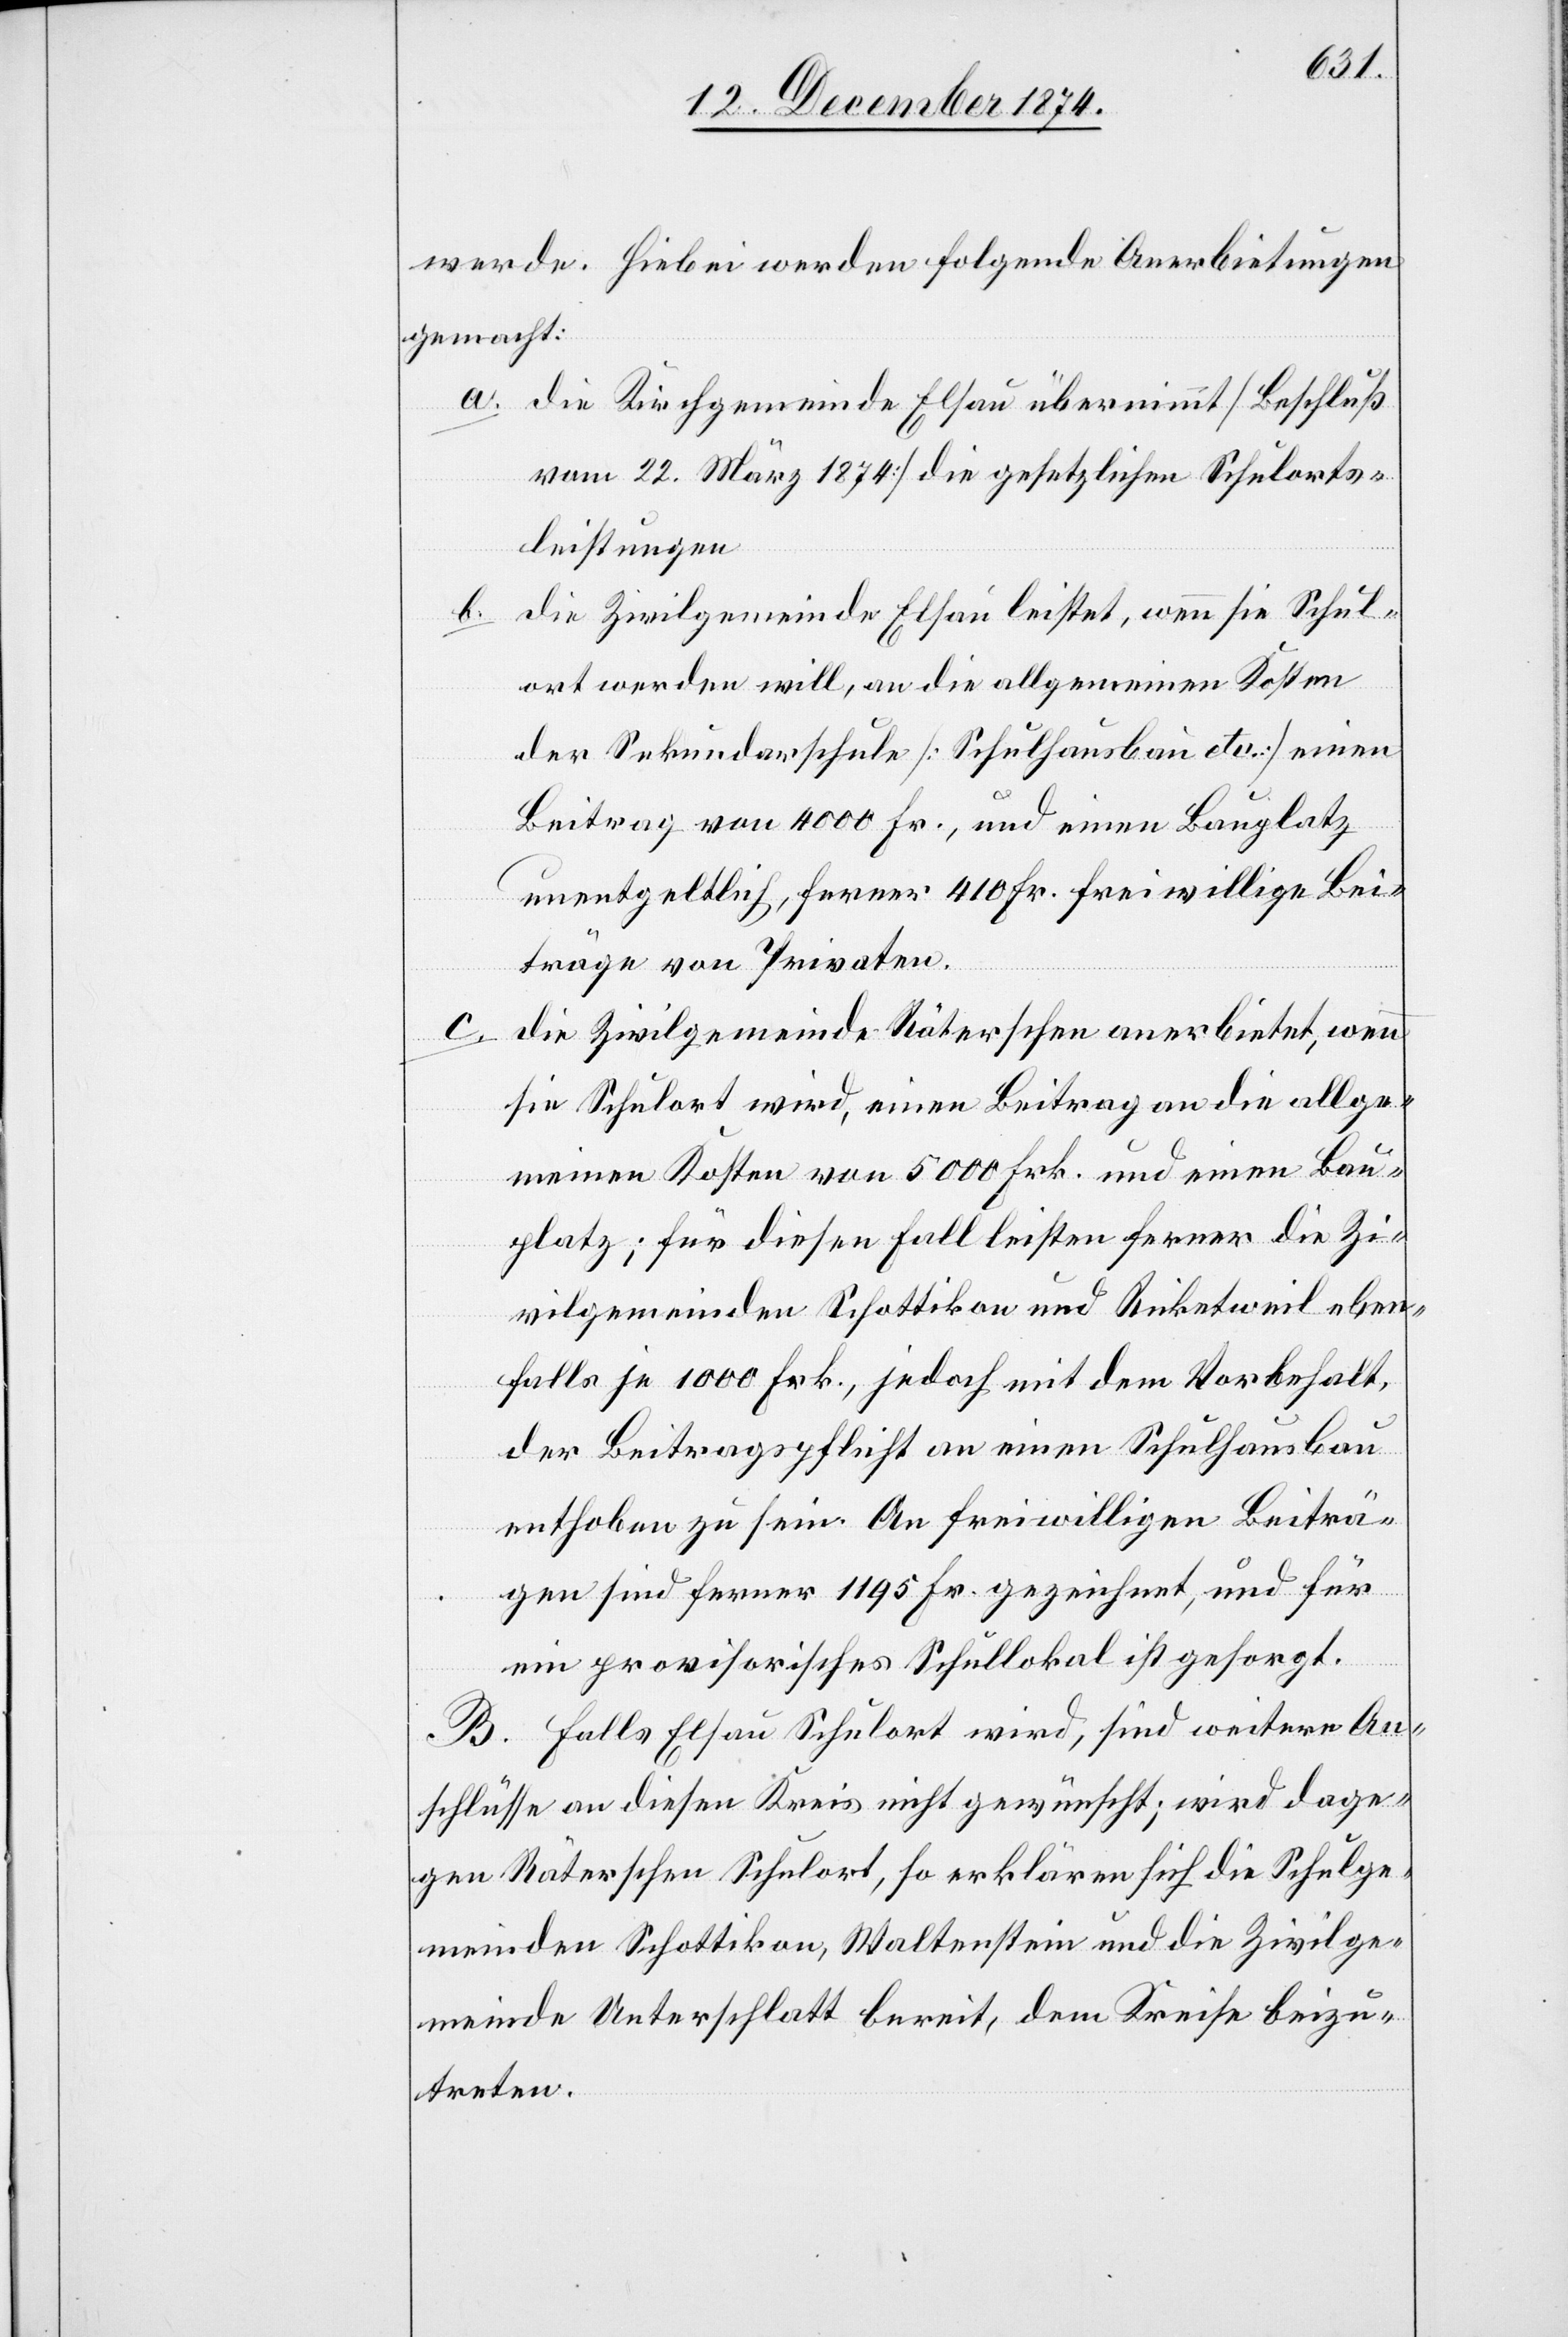
werde. Hiebei werden folgende Anerbietungen
gemacht:
a. die Kirchgemeinde Elsau übernimmt [Beschluß
vom 22. März 22. März 1874] die gesetzlichen Schulorts¬
leistungen
b. die Zivilgemeinde Elsau leistet, wenn sie Schul¬
ort werden will, an die allgemeinen Kosten
der Sekundarschule [Schulhausbau etc.] einen
Beitrag von 4000 Fr., und einen Bauplatz
unentgeltlich, ferner 410 Fr. freiwillige Bei¬
träge von Privaten.
c.
die Zivilgemeinde Räterschen anerbietet, wenn
sie Schulort wird, einen Beitrag an die allge¬
meinen Kosten von 5000 Frk. und einen Bau¬
platz; für diesen Fall leisten ferner die Zi¬
vilgemeinden Schottikon und Ricketweil eben¬
falls je 1000 Frk., jedoch mit dem Vorbehalt,
der Beitragspflicht an einen Schulhausbau
enthoben zu sein. An freiwilligen Beiträ¬
gen sind ferner 1195 Fr. gezeichnet, und für
ein provisorisches Schullokal ist gesorgt.
B. Falls Elsau Schulort wird, sind weitere An¬
schlüsse an diesen Kreis nicht gewünscht; wird dage¬
gen Räterschen Schulort, so erklären sich die Schulge¬
meinden Schottikon, Waltenstein und die Zivilge¬
meinde Unterschlatt bereit, dem Kreise beizu¬
treten.